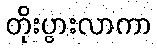
တိုးပွားလာကာ